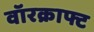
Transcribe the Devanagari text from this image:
वॉरक्राफ्ट